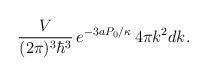
LaTeX: \begin{align*} \frac{V}{(2\pi)^3\hbar^3} \,e^{-3aP_0/\kappa}\, 4\pi k^2 dk.\end{align*}